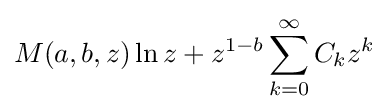
M(a,b,z)\ln z+z^{1-b}\sum _{k=0}^{\infty }C_{k}z^{k}